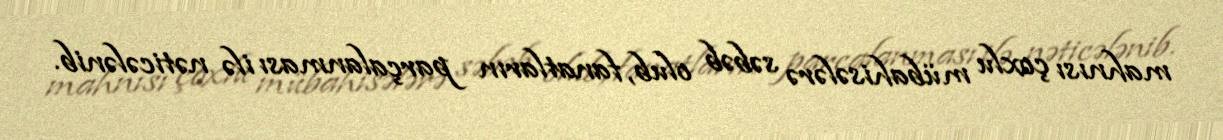
mahnısı çoxlu mübahisələrə səbəb olub, fanatların parçalanması ilə nəticələnib.